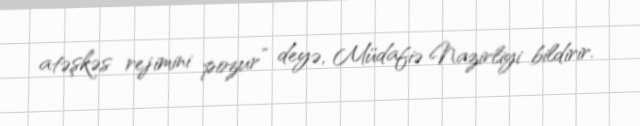
atəşkəs rejimini pozur” deyə, Müdafiə Nazirliyi bildirir.